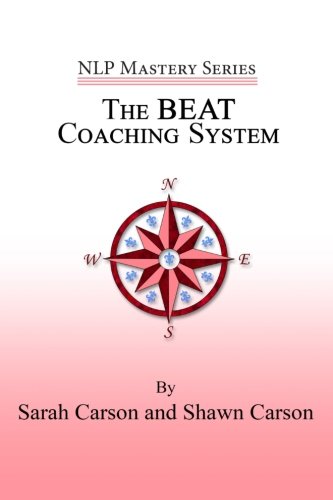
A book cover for The BEAT Coaching System (NLP Mastery); Shawn Carson; Self-Help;